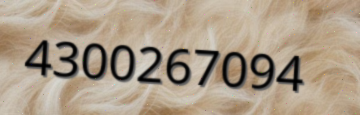
4300267094